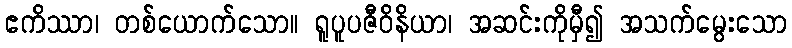
ဧကိဿာ၊ တစ်ယောက်သော။ ရူပူပဇီဝိနိယာ၊ အဆင်းကိုမှီ၍ အသက်မွေးသော